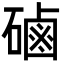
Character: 磠